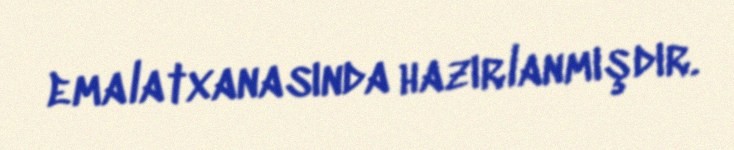
emalatxanasında hazırlanmışdır.